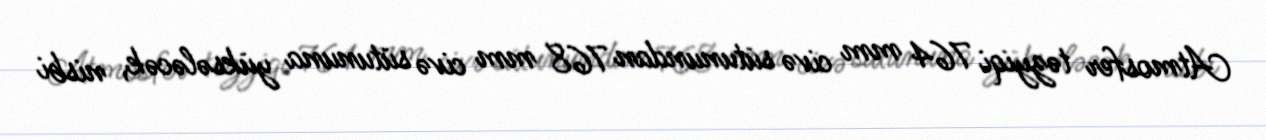
Atmosfer təzyiqi 764 mm civə sütunundan 768 mm civə sütununa yüksələcək, nisbi